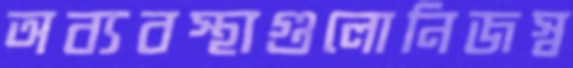
অব্যবস্থাগুলোনিজস্ব